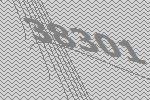
38301